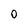
Character: O